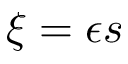
\xi = \epsilon s